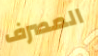
المصرف